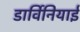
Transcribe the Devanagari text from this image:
डार्विनियाई